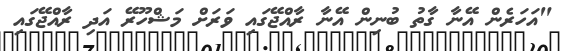
"އަހަރެން އޭނާ ގާތު ބުނިން އޭނާ ރާއްޖޭގައި ވަރަށް މަޝްހޫރޭ އަދި ރާއްޖޭގައި